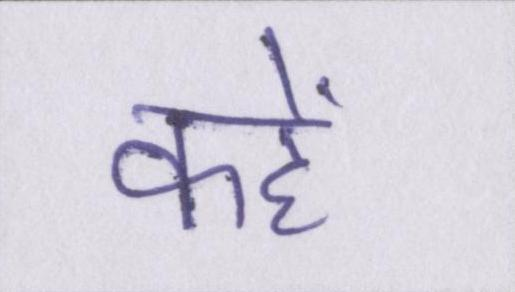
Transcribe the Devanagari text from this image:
कहें